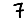
Digit: 7